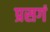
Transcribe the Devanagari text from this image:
प्रसगं